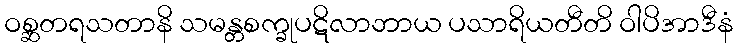
ဝစ္ဆတရသတာနိ သမန္တစက္ခုပဋိလာဘာယ ပသာရိယတီတိ ဝါပိအာဒီနံ